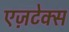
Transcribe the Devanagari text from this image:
एज़टेक्स